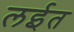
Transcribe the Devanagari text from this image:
लईत